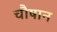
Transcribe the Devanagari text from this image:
चौषान